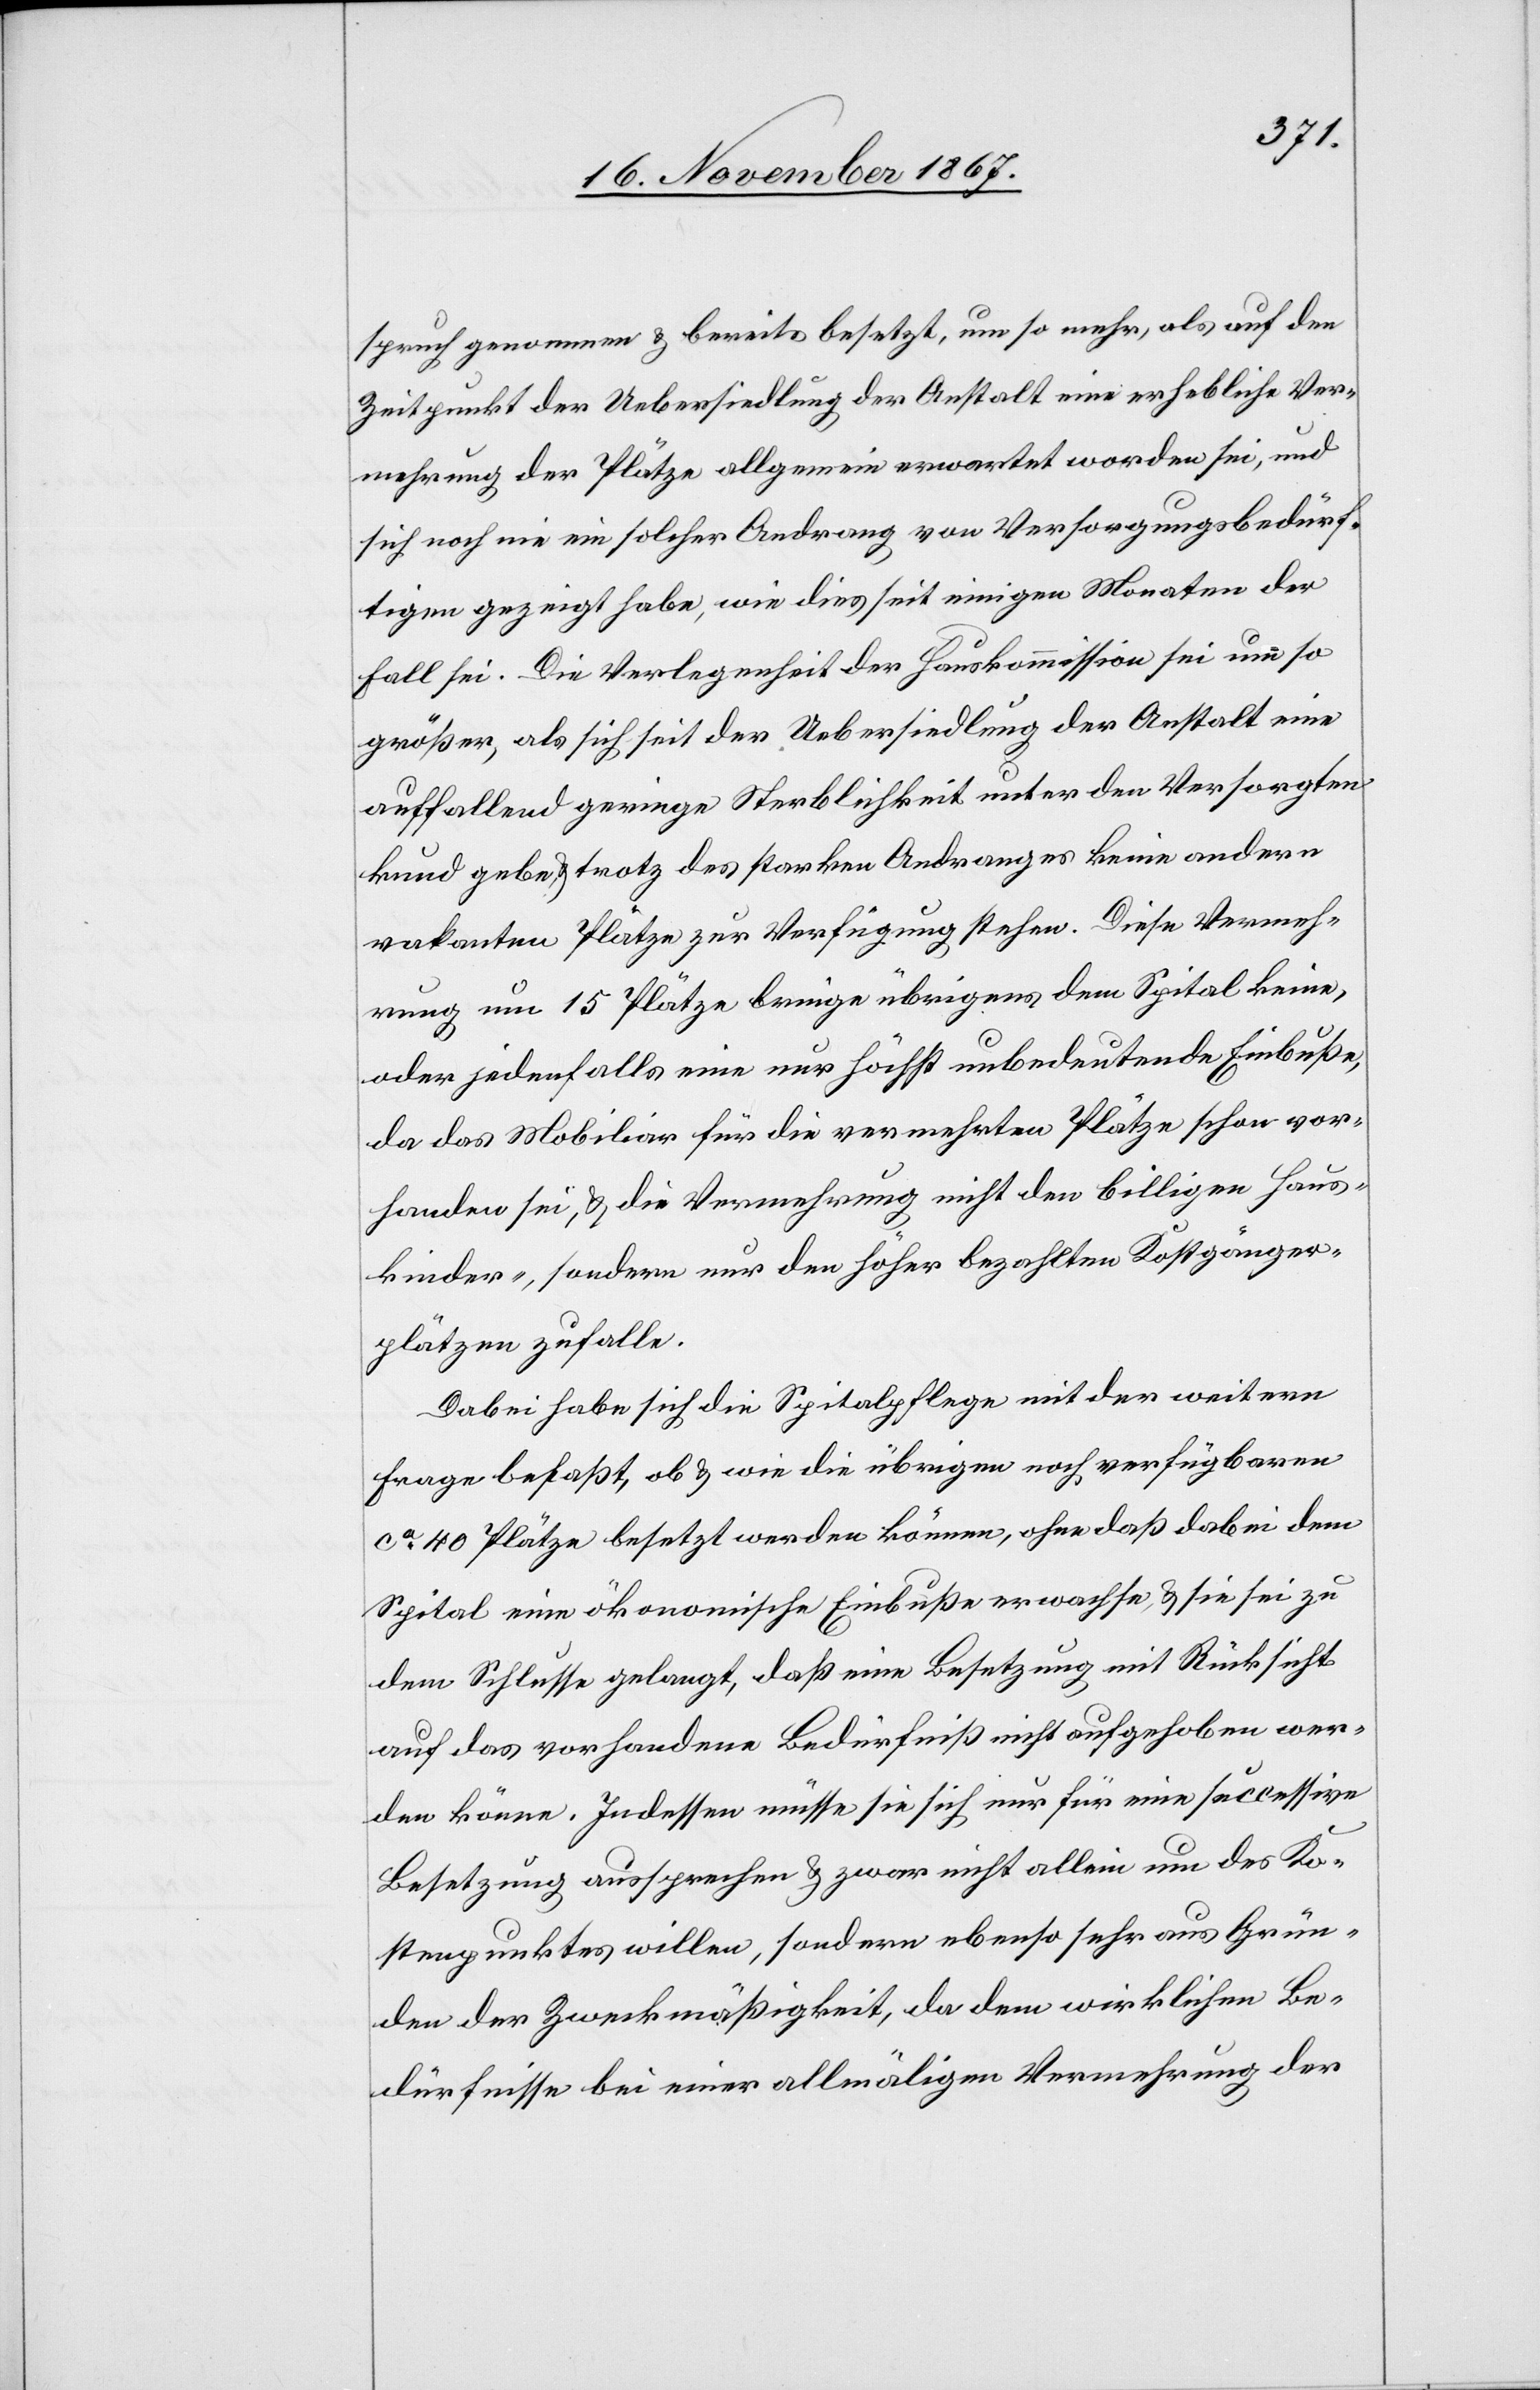
spruch genommen u. bereits besetzt, um so mehr, als auf den
Zeitpunkt der Uebersiedlung der Anstalt eine erhebliche Ver¬
mehrung der Plätze allgemein erwartet worden sei, und
sich noch nie ein solcher Andrang von Versorgungsbedürf¬
tigen gezeigt habe, wie dies seit einigen Monaten der
Fall sei. Die Verlegenheit der Hauskommission sei um so
größer, als sich seit der Uebersiedlung der Anstalt eine
auffallend geringe Sterblichkeit unter den Versorgten
kund gebe, u. trotz des starken Andranges keine andern
vakanten Plätze zur Verfügung stehen. Diese Vermeh¬
rung um 15 Plätze bringe übrigens dem Spital keine,
oder jedenfalls eine nur höchst unbedeutende Einbuße,
da das Mobiliar für die vermehrten Plätze schon vor¬
handen sei, u. die Vermehrung nicht den billigen Haus¬
kinder-, sondern den höher bezahlten Kostgänger¬
plätzen zufalle.
Dabei habe sich die Spitalpflege mit der weitern
Frage befaßt, ob. u. wie die übrigen noch verfügbaren
ca 40 Plätze besetzt werden können, ohne daß dabei dem
Spital eine ökonomische Einbuße erwachse, u. sie sei zu
dem Schlusse gelangt, daß eine Besetzung mit Rücksicht
auf das vorhandene Bedürfniß nicht aufgehoben wer¬
den könne. Indessen müsse sie sich nur für eine successive
Besetzung aussprechen u. zwar nicht allein um des Ko¬
stenpunktes willen, sondern ebenso sehr aus Grün¬
den der Zweckmäßigkeit, da dem wirklichen Be¬
dürfnisse bei einer allmäligen Vermehrung der